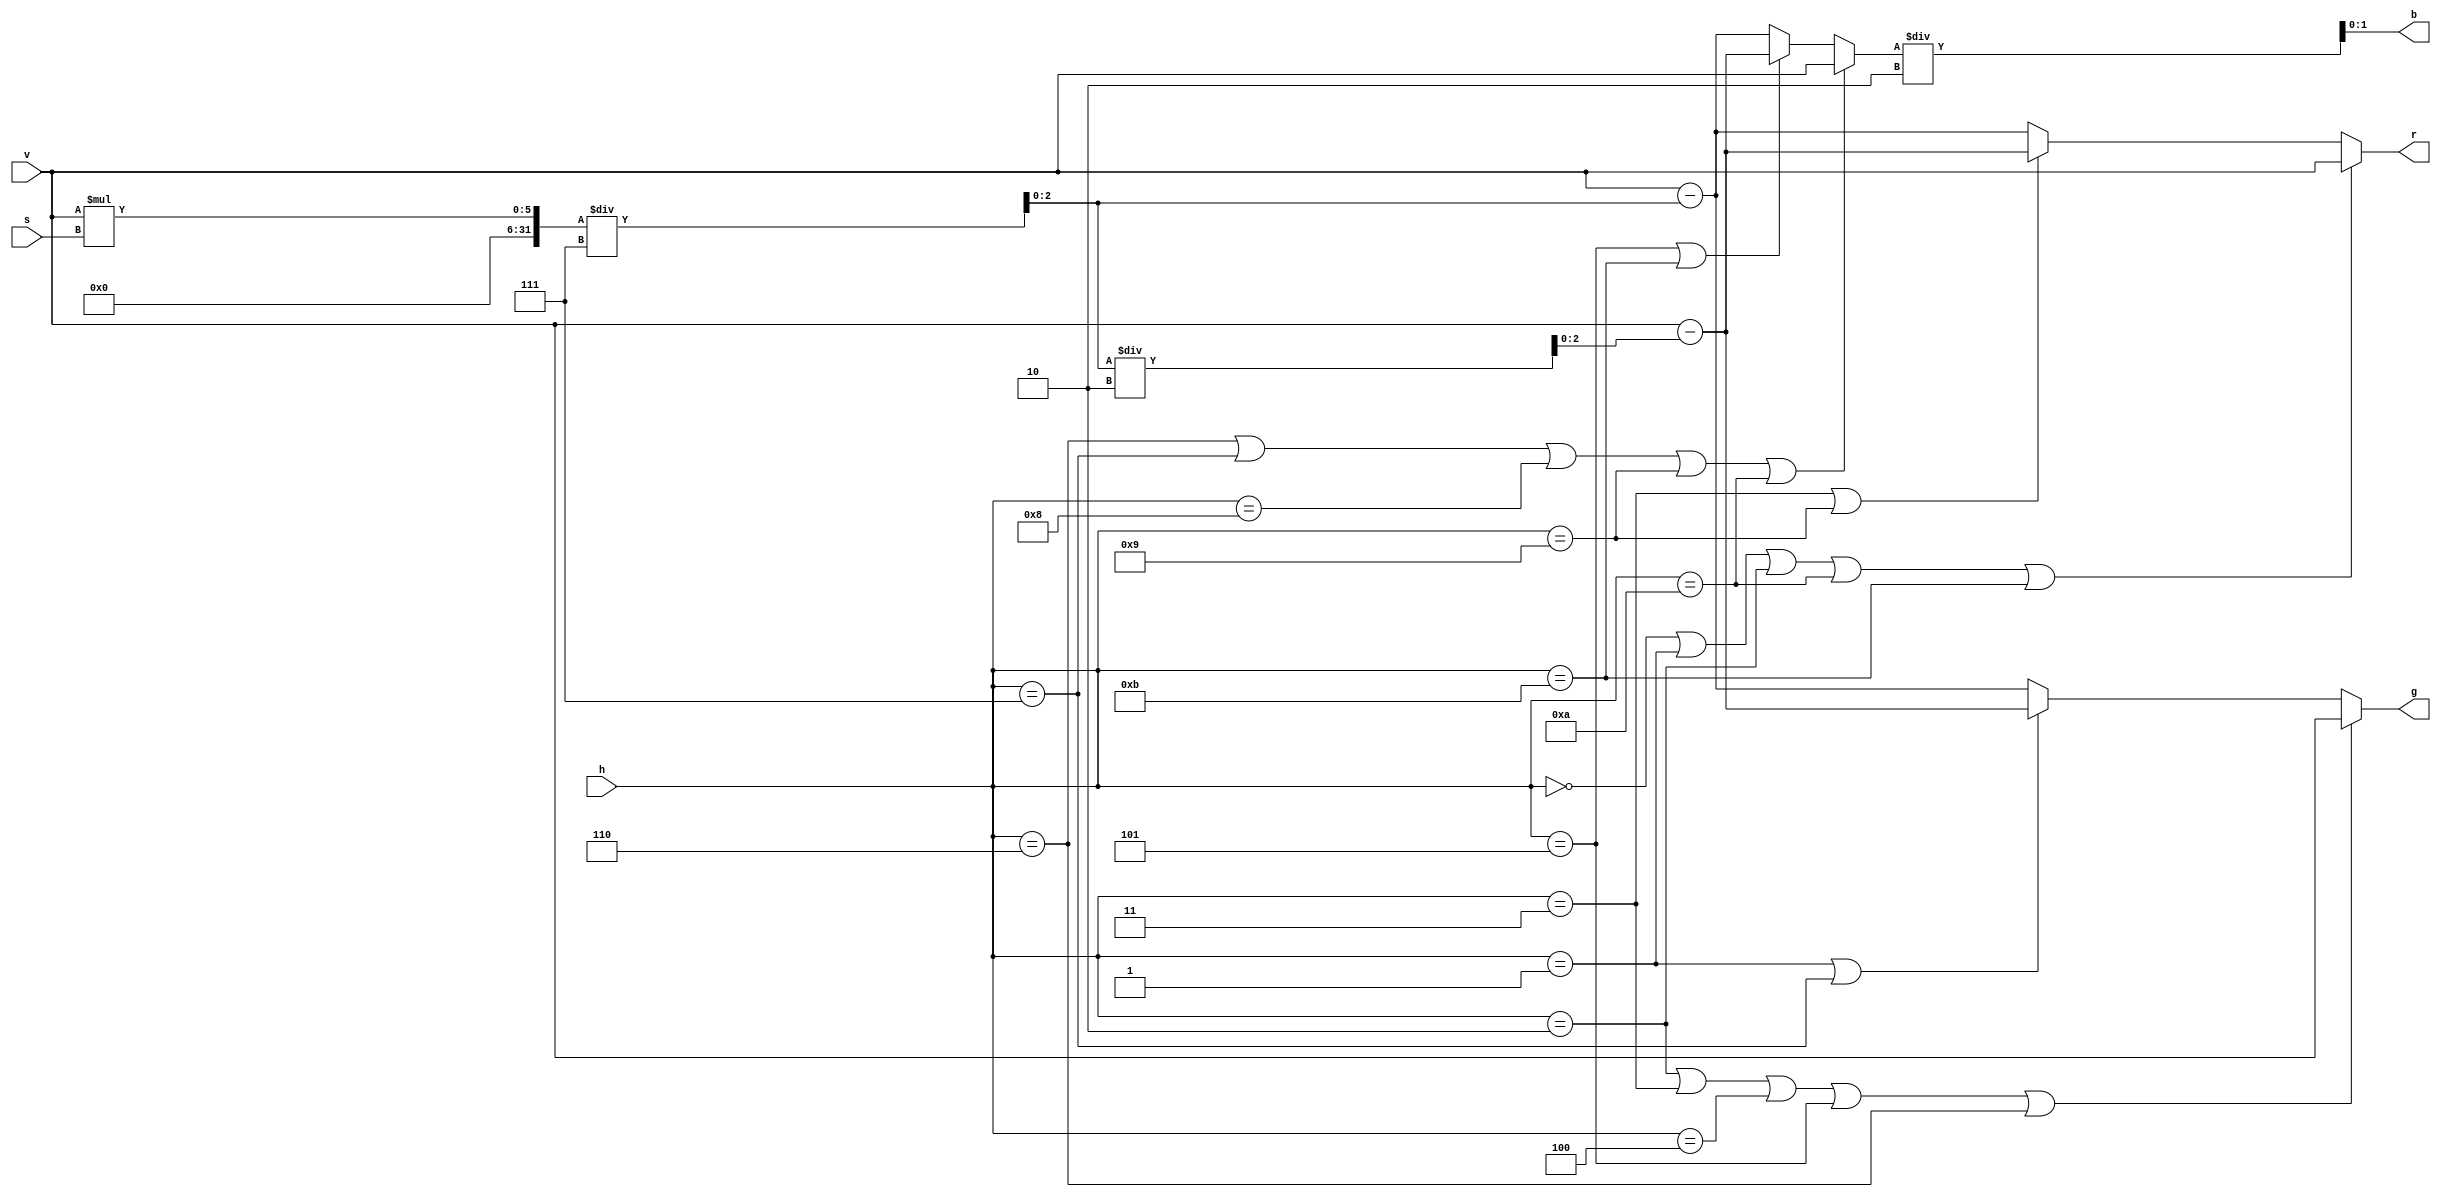
`timescale 1ns / 1ps

module hsv_to_rgb(
	// h belongs to [0, 11]
	input [3:0] h,
	input [2:0] s,
	input [2:0] v,
	output [2:0] r,
	output [2:0] g,
	output [1:0] b
	);

	wire [2:0] max = v;
	wire [2:0] _temp = v * s / 7;
	wire [2:0] min = v - _temp;
	wire [2:0] mid = v - _temp / 2;
	wire [2:0] b_;

	assign r = h == 0 || h == 1 || h == 2 || h == 10 || h == 11 ? max :
			h == 3 || h == 9 ? mid :
			min;
	assign g = h == 2 || h == 3 || h == 4 || h == 5 || h == 6 ? max :
			h == 1 || h == 7 ? mid :
			min;
	assign b_ = h == 6 || h == 7 || h == 8 || h == 9 || h == 10 ? max :
			h == 5 || h == 11 ? mid :
			min;
	assign b = b_ / 2;

endmodule